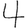
Digit: 4